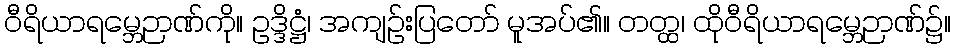
ဝီရိယာရမ္ဘေဉာဏ်ကို။ ဥဒ္ဒိဋ္ဌံ၊ အကျဉ်းပြတော် မူအပ်၏။ တတ္ထ၊ ထိုဝီရိယာရမ္ဘေဉာဏ်၌။